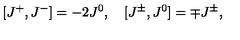
[ J ^ { + } , J ^ { - } ] = - 2 J ^ { 0 } , \quad [ J ^ { \pm } , J ^ { 0 } ] = \mp J ^ { \pm } ,